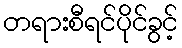
တရားစီရင်ပိုင်ခွင့်